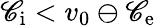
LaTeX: \mathscr{C}_{\mathrm{{i}}}<v_{0}\ominus\mathscr{C}_{\mathrm{{e}}}